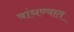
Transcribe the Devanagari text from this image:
बांधण्‍यात